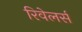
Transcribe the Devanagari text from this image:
रिवेलर्स